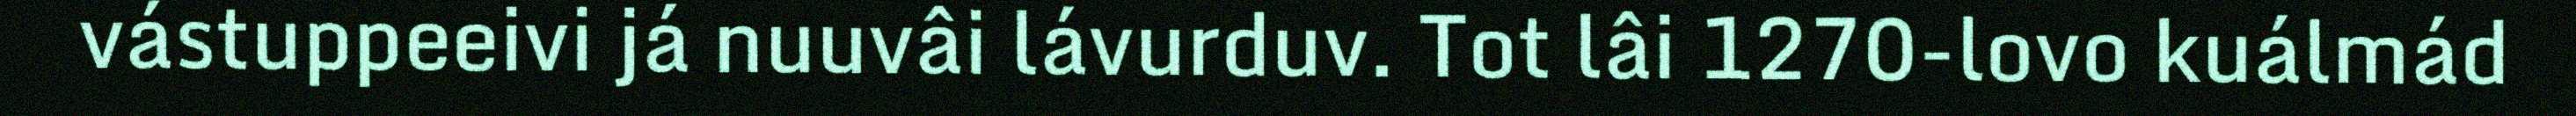
vástuppeeivi já nuuvâi lávurduv. Tot lâi 1270-lovo kuálmád